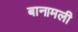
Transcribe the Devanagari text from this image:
बानामली